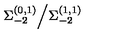
\Sigma _ { - 2 } ^ { ( 0 , 1 ) } \Big / \Sigma _ { - 2 } ^ { ( 1 , 1 ) }